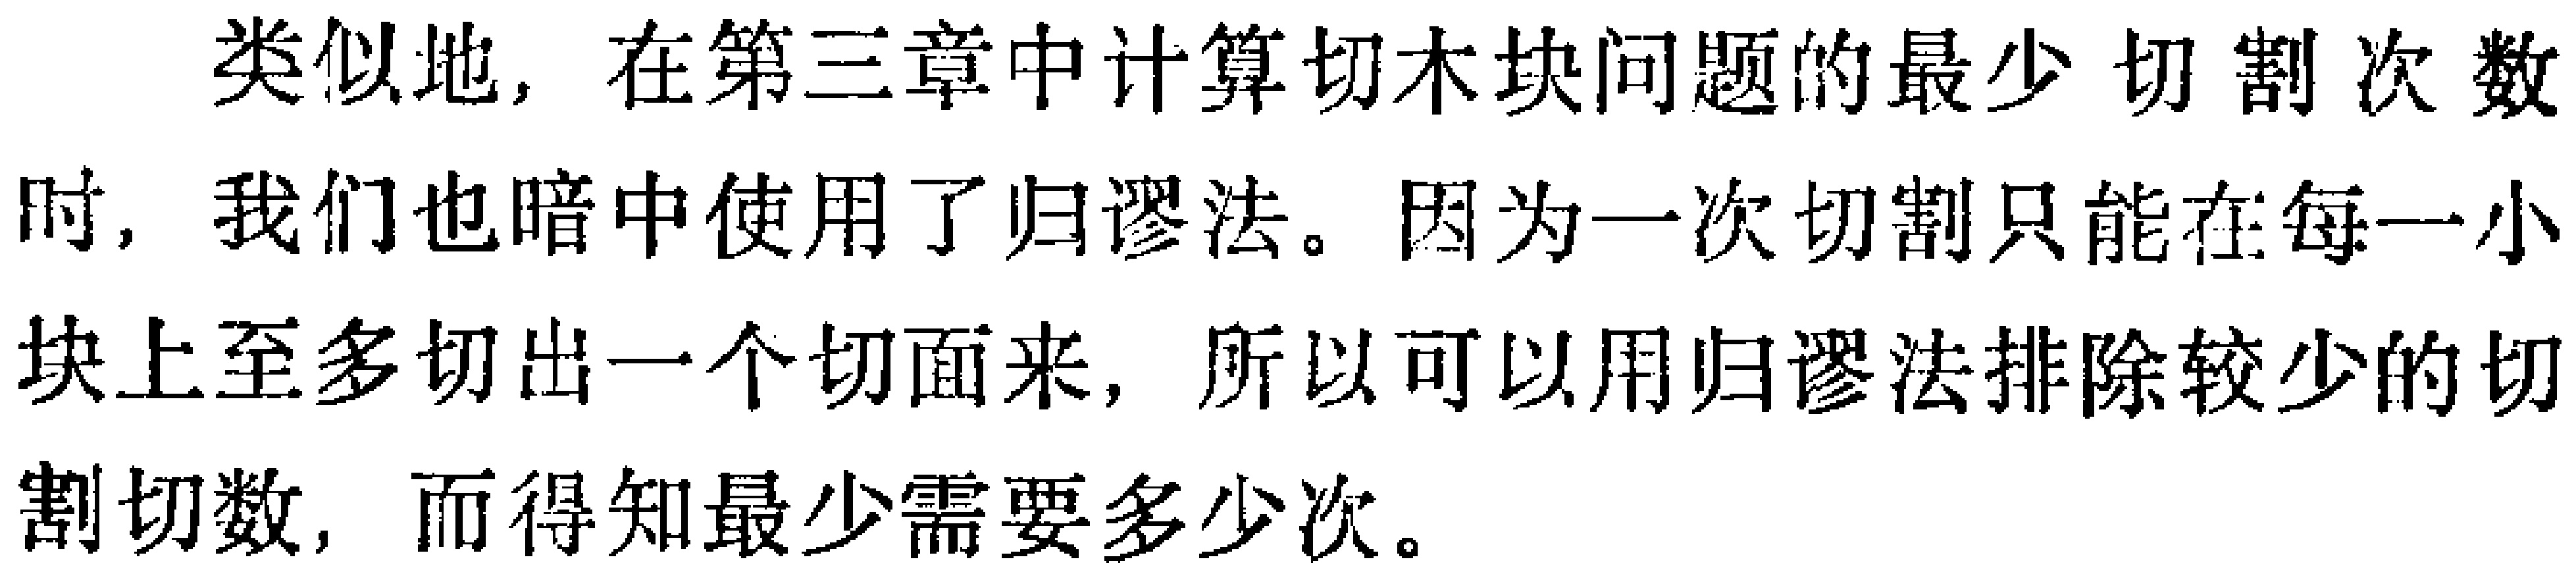
类似地，在第三章中计算切木块问题的最少切割次数时，我们也暗中使用了归谬法。因为一次切割只能在每一小块上至多切出一个切面来，所以可以用归谬法排除较少的切割切数，而得知最少需要多少次。